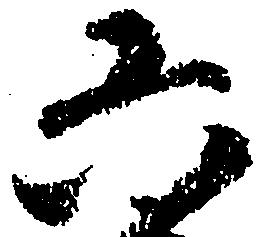
六